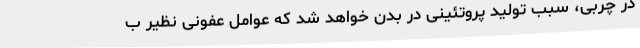
در چربی، سبب تولید پروتئینی در بدن خواهد شد که عوامل عفونی نظیر ب